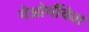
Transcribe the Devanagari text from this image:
गेओर्गीयेवा